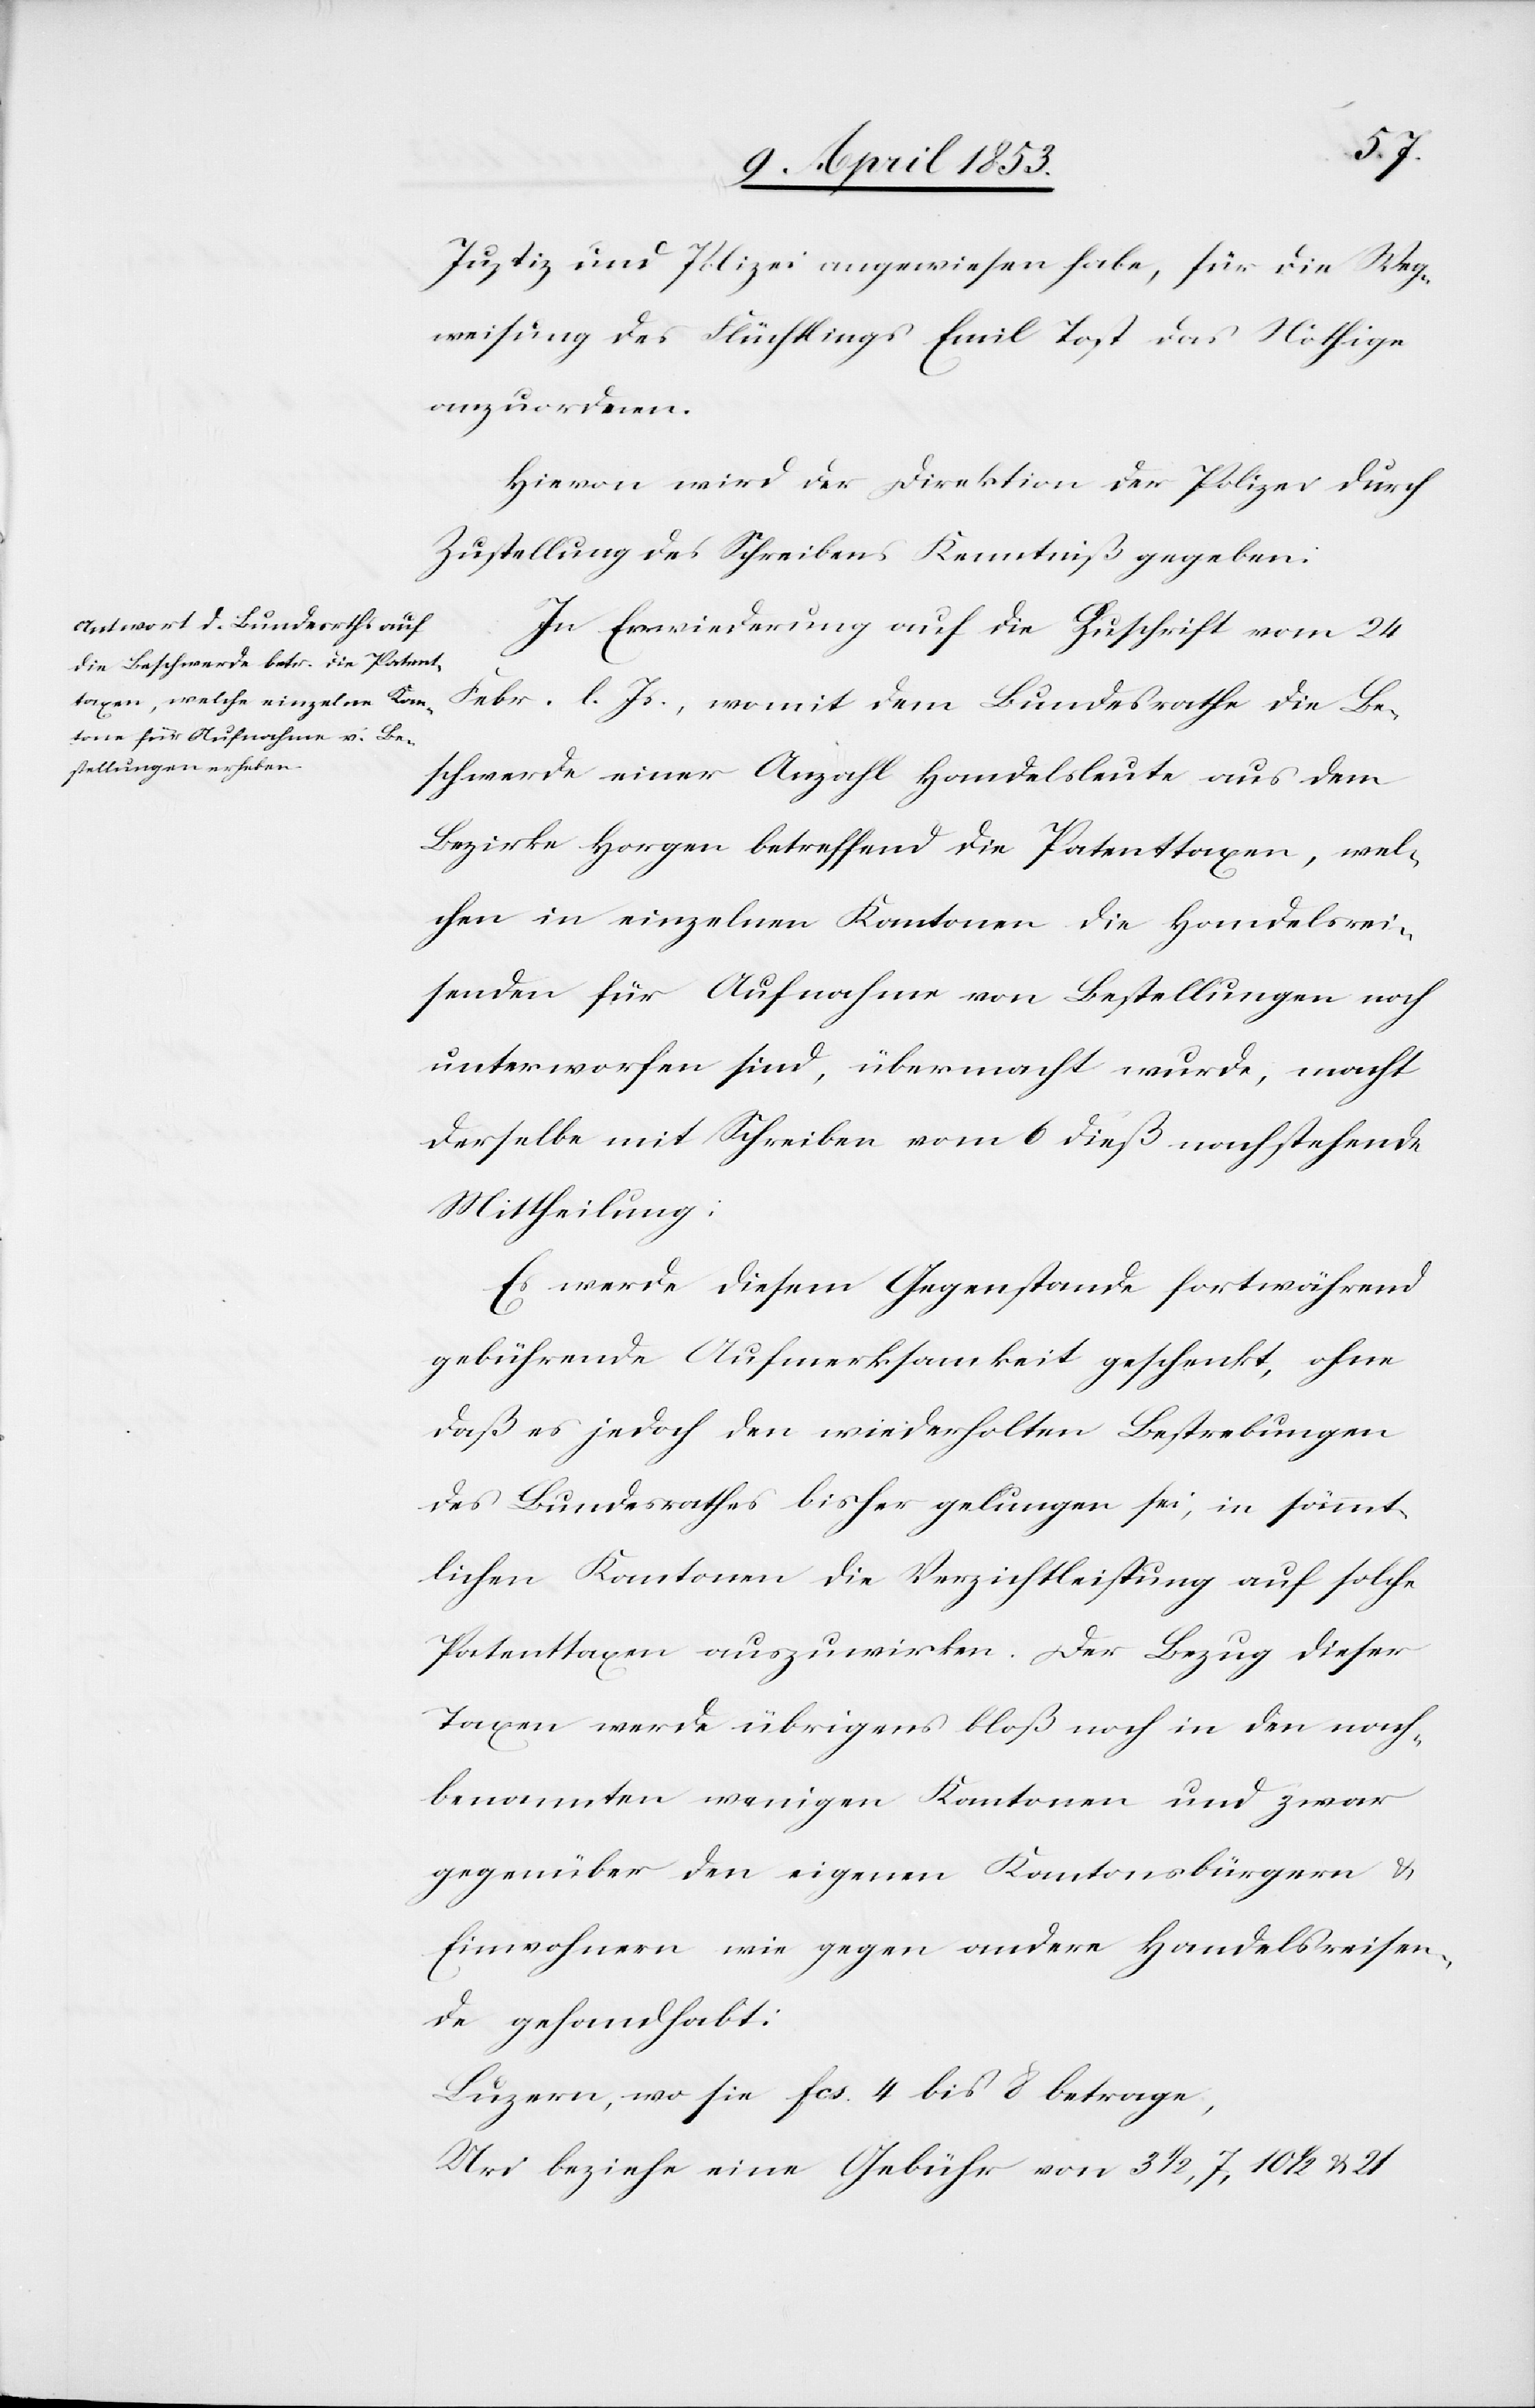
Justiz und Polizei angewiesen habe, für die Weg¬
weisung des Flüchtlings Emil Tost das Nöthige
anzuordnen.
Hievon wird der Direktion der Polizei durch
Zustellung des Schreibens Kenntniß gegeben.
In Erwiederung auf die Zuschrift vom 24
Febr. l. Js., womit dem Bundesrathe die Be¬
schwerde einer Anzahl Handelsleute aus dem
Bezirke Horgen betreffend die Patenttaxen, wel¬
chen in einzelnen Kantonen die Handelsrei¬
senden für Aufnahme von Bestellungen noch
unterworfen sind, übermacht wurde, macht
derselbe mit Schreiben vom 6 dieß nachstehende
Mittheilung:
Es werde diesem Gegenstande fortwährend
gebührende Aufmerksamkeit geschenkt, ohne
daß es jedoch den wiederholten Bestrebungen
des Bundesrathes bisher gelungen sei, in sämmt¬
lichen Kantonen die Verzichtleistung auf solche
Patenttaxen auszuwirken. Der Bezug dieser
Taxen werde übrigens bloß noch in den nach¬
benannten wenigen Kantonen und zwar
gegenüber den eigenen Kantonsbürgern u.
Einwohnern wie gegen andere Handelsreisen¬
de gehandhabt:
Luzern, wo sie fcs. 4 bis 8 betrage,
Uri beziehe eine Gebühr von 3 1/2, 7, 10 1/2 u. 21